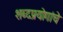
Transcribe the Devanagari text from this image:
शब्दप्रयोगांचे